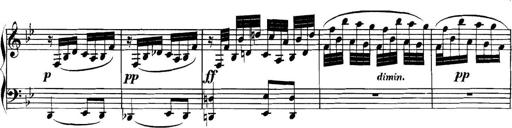
Title: Collected Piano Sonatas
Composer: Muzio Clementi